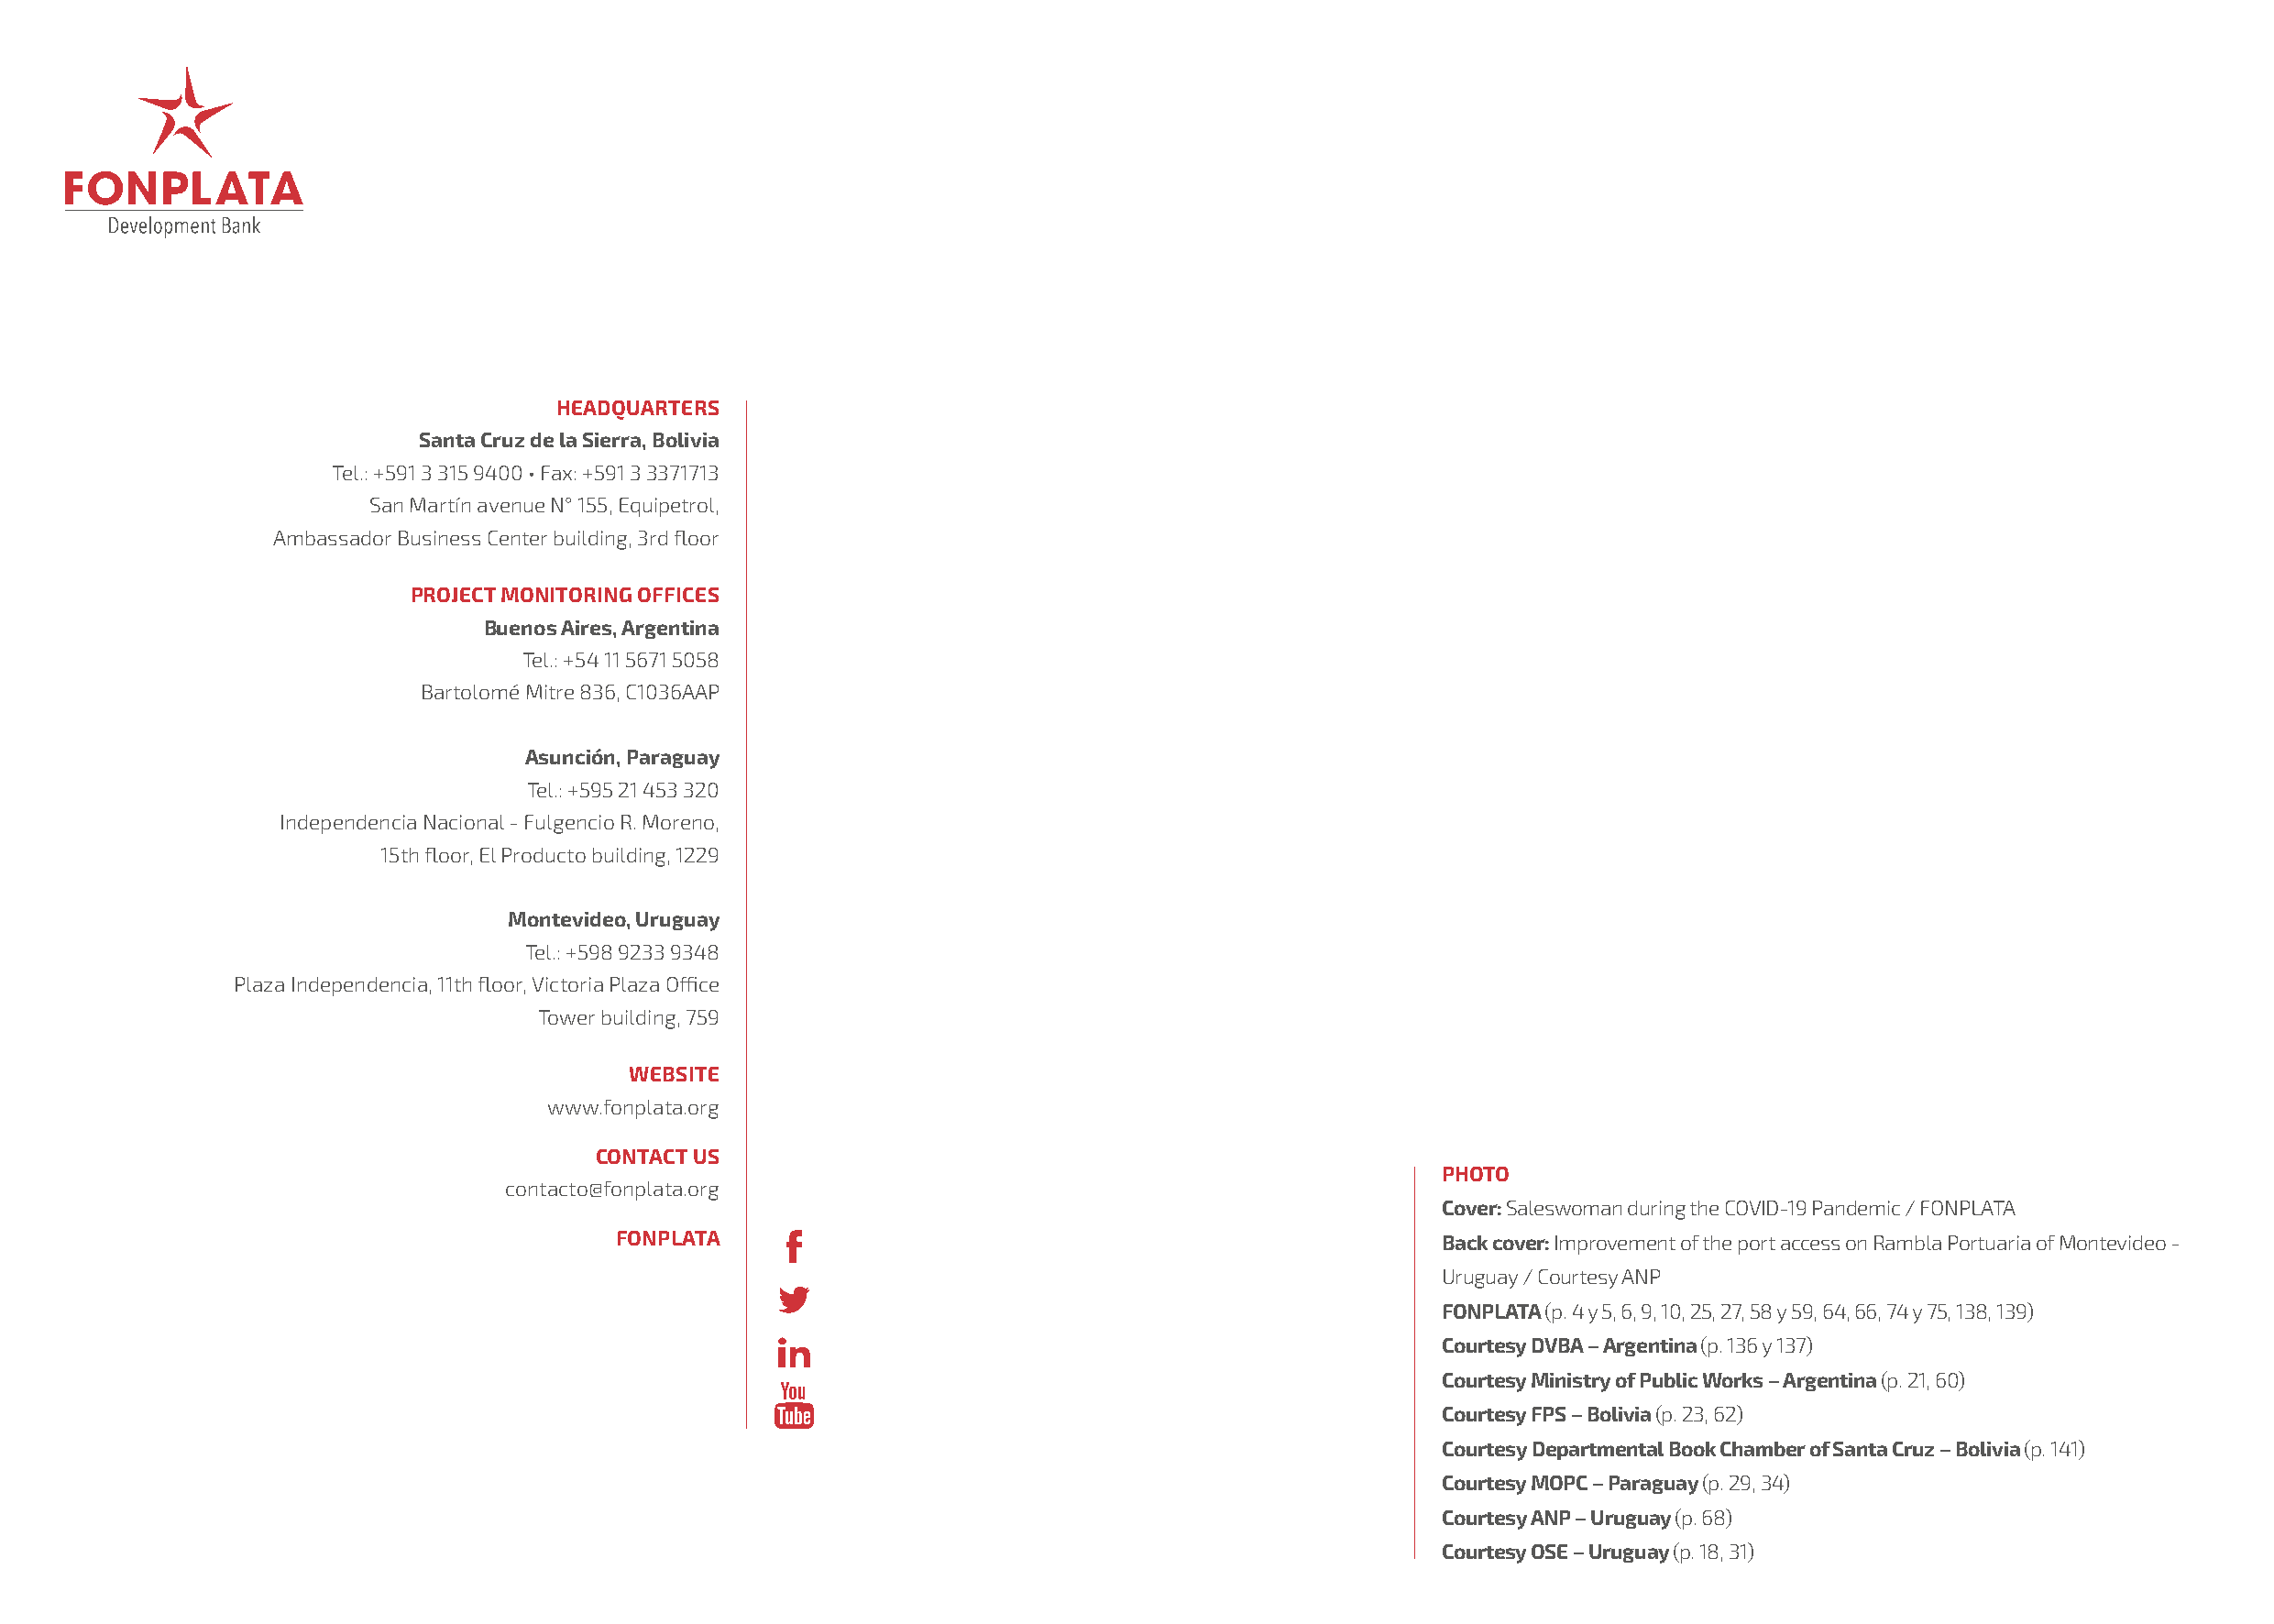
HEADQUARTERS
 Santa Cruz de la Sierra, Bolivia
 Tel.: +591 3 315 9400 • Fax: +591 3 3371713
 San Martín avenue N° 155, Equipetrol,
 Ambassador Business Center building, 3rd floor
 PROJECT MONITORING OFFICES
 Buenos Aires, Argentina
 Tel.: +54 11 5671 5058
 Bartolomé Mitre 836, C1036AAP
 Asunción, Paraguay
 Tel.: +595 21 453 320
 Independencia Nacional - Fulgencio R. Moreno,
 15th floor, El Producto building, 1229
 Montevideo, Uruguay
 Tel.: +598 9233 9348
 Plaza Independencia, 11th floor, Victoria Plaza Office
 Tower building, 759
 WEBSITE
 www.fonplata.org
 CONTACT US
 PHOTO
 contacto@fonplata.org
 Cover: Saleswoman during the COVID-19 Pandemic / FONPLATA
 FONPLATA                                                    Back cover: Improvement of the port access on Rambla Portuaria of Montevideo -
 Uruguay / Courtesy ANP
 FONPLATA (p. 4 y 5, 6, 9, 10, 25, 27, 58 y 59, 64, 66, 74 y 75, 138, 139)
 Courtesy DVBA – Argentina (p. 136 y 137)
 Courtesy Ministry of Public Works – Argentina (p. 21, 60)
 Courtesy FPS – Bolivia (p. 23, 62)
 Courtesy Departmental Book Chamber of Santa Cruz – Bolivia (p. 141)
 Courtesy MOPC – Paraguay (p. 29, 34)
 Courtesy ANP – Uruguay (p. 68)
 Courtesy OSE – Uruguay (p. 18, 31)